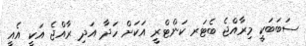
ސަބަބަކީ މިރާއްޖެ ބެޓަރ ކަންޓްރީ އަކަށް ހަދާ އަދި ރާއްޖެ އަކީ އެއީ